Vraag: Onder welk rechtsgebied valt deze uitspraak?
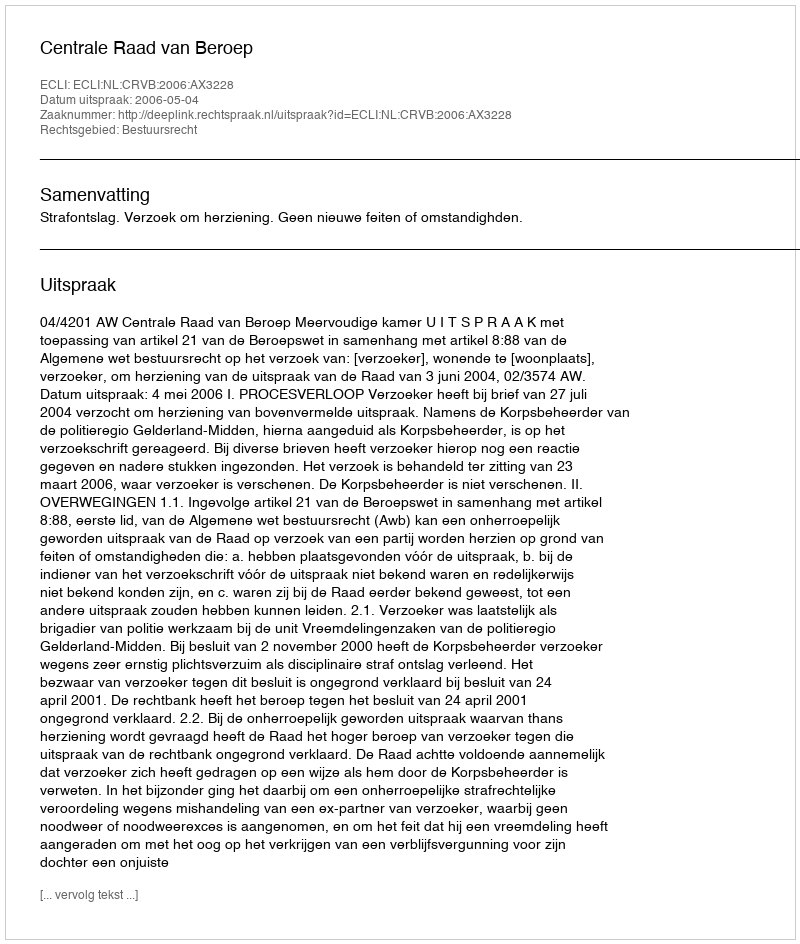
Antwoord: Bestuursrecht